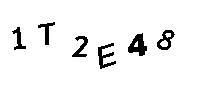
1T2E48